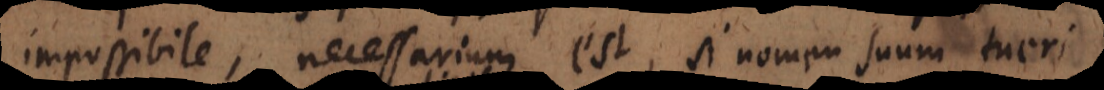
impossibile, necessarium est, si nomen suum tuer